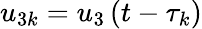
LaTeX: u_{3k}=u_{3}\left(t-\tau_{k}\right)